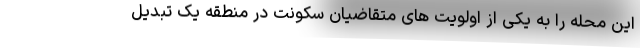
این محله را به یکی از اولویت های متقاضیان سکونت در منطقه یک تبدیل